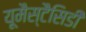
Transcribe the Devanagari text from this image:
यूमैस्टैसिडी